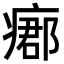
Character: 𤹓